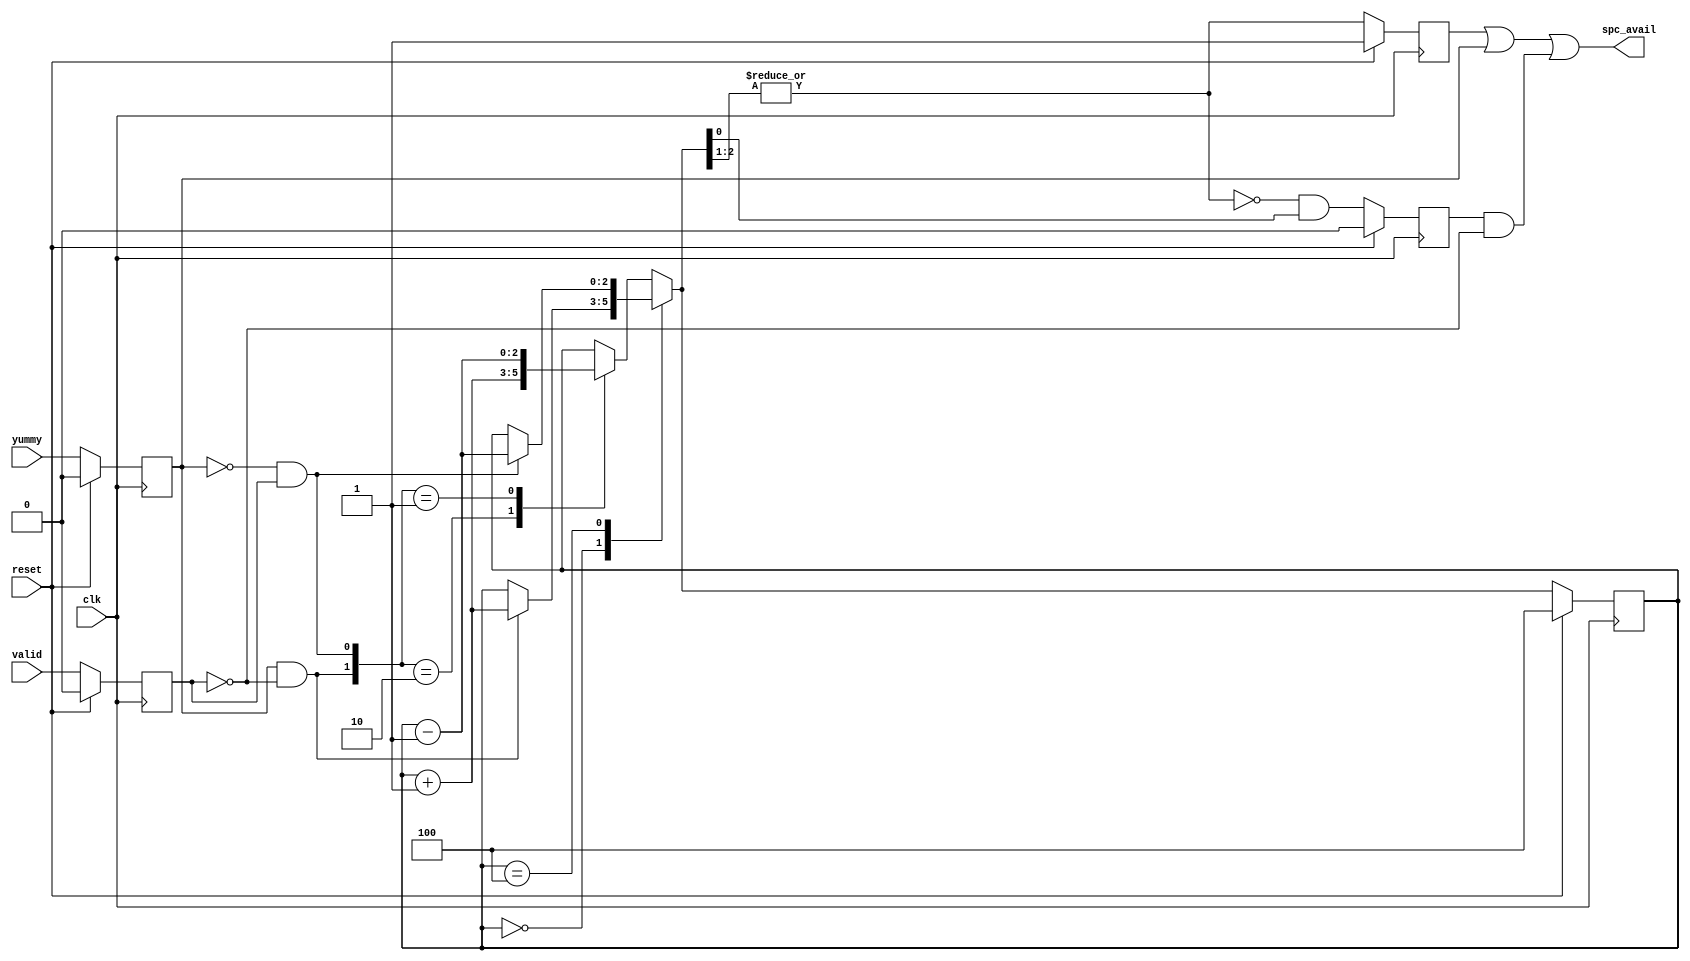
module space_avail_top (valid,
		    yummy,
		    spc_avail,
		    clk,
		    reset);

parameter BUFFER_SIZE = 4;
parameter BUFFER_BITS = 3;


input valid;			// sending data to the output
input yummy;			// output consumed data

output spc_avail;		// is there space available?

input clk;
input reset;

//This is the state
reg yummy_f;
reg valid_f;
reg [BUFFER_BITS-1:0] count_f;

reg is_one_f;
reg is_two_or_more_f;

//wires
wire [BUFFER_BITS-1:0] count_plus_1;
wire [BUFFER_BITS-1:0] count_minus_1;
wire up;
wire down;

//wire regs
reg [BUFFER_BITS-1:0] count_temp;


//assigns
assign count_plus_1 = count_f + 1'b1;
assign count_minus_1 = count_f - 1'b1;
assign spc_avail = (is_two_or_more_f | yummy_f | (is_one_f & ~valid_f));
assign up = yummy_f & ~valid_f;
assign down = ~yummy_f & valid_f;

always @ (count_f or count_plus_1 or count_minus_1 or up or down)
begin
	case (count_f)
	0:
		begin
			if(up)
			begin
				count_temp <= count_plus_1;
			end
			else
			begin
				count_temp <= count_f;
			end
		end
	BUFFER_SIZE:
		begin
			if(down)
			begin
				count_temp <= count_minus_1;
			end
			else
			begin
				count_temp <= count_f;
			end
		end
	default:
		begin
			case ({up, down})
				2'b10:	count_temp <= count_plus_1;
				2'b01:	count_temp <= count_minus_1;
				default:	count_temp <= count_f;
			endcase
		end
	endcase
end

wire top_bits_zero_temp = ~| count_temp[BUFFER_BITS-1:1];


always @ (posedge clk)
begin
	if(reset)
	begin
	   count_f <= BUFFER_SIZE;
	   yummy_f <= 1'b0;
	   valid_f <= 1'b0;
	   is_one_f <= (BUFFER_SIZE == 1);
	   is_two_or_more_f <= (BUFFER_SIZE >= 2);
	end
	else
	begin
	   count_f <= count_temp;
	   yummy_f <= yummy;
	   valid_f <= valid;
	   is_one_f         <= top_bits_zero_temp & count_temp[0];
   	   is_two_or_more_f <= ~top_bits_zero_temp;
	end
end

endmodule